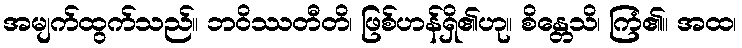
အမျက်ထွက်သည်။ ဘဝိဿတီတိ၊ ဖြစ်ဟန်ရှိ၏ဟု။ စိန္တေသိ၊ ကြံ၏။ အထ၊